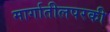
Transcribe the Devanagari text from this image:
मार्गातीलपरकी